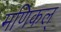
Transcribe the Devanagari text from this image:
मणिकल्